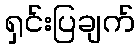
ရှင်းပြချက်